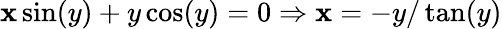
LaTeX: \mathbf{x}\sin(y)+y\cos(y)=0\Rightarrow\mathbf{x}=-y/\tan(y)